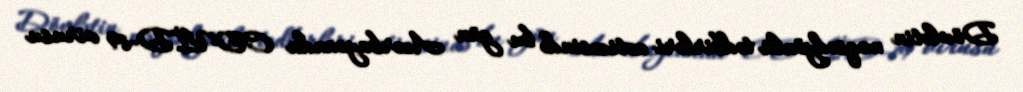
Dövlətin məqsədyönlü tədbirləri nəticəsində bu gün Azərbaycanda COVİD-19 virusu